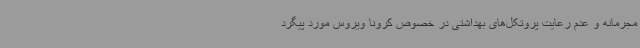
مجرمانه و عدم رعایت پروتکل‌های بهداشتی در خصوص کرونا ویروس مورد پیگرد